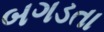
બગડતા